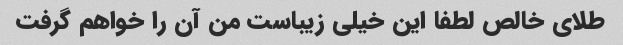
طلای خالص لطفا این خیلی زیباست من آن را خواهم گرفت